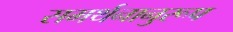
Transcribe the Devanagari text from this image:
समर्थनानुरूप